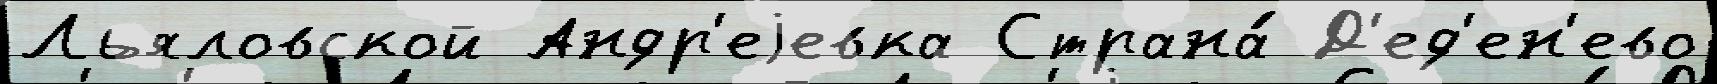
Льяловской Андр'еjевка Страна́ Д'ед'ен'ево